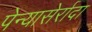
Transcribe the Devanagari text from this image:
पेन्यासेर्रादा